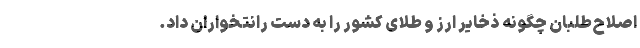
اصلاح‌طلبان چگونه ذخایر ارز و طلای کشور را به دست رانتخواران داد.